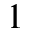
1